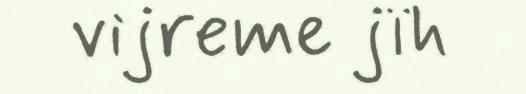
vijreme jïh